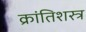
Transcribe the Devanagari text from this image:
क्रांतिशस्त्र